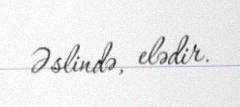
Əslində, elədir.